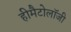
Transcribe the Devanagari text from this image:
हीमैटोलॉजी